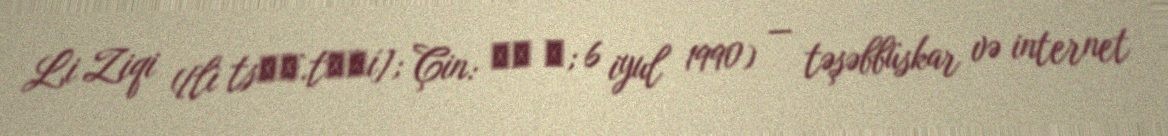
Li Ziqi ([lì tsɹ̩̀.tɕʰí]; Çin: 李子 柒; 6 iyul 1990) — təşəbbüskar və internet